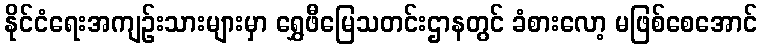
နိုင်ငံရေးအကျဉ်းသားများမှာ ရွှေဖီမြေသတင်းဌာနတွင် ခံစားလော့ မဖြစ်စေအောင်